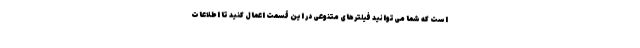
است که شما می‌توانید فیلترهای متنوعی در این قسمت اعمال کنید تا اطلاعات